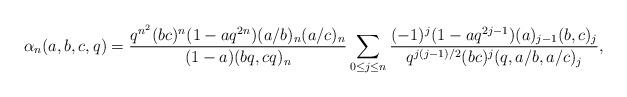
LaTeX: \begin{align*}\alpha_n(a,b,c,q)=\frac{q^{n^2}(bc)^n(1-aq^{2n})(a/b)_n(a/c)_n}{(1-a)(bq,cq)_n}\sum_{0\le j\le n}\frac{(-1)^j(1-aq^{2j-1})(a)_{j-1}(b,c)_j}{q^{j(j-1)/2}(bc)^j(q,a/b,a/c)_j},\end{align*}